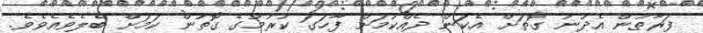
ފަރާތުން އެދުނު ގޮތަށް އެކަން ދެއްކުމަށް ފާހަގަ ކުރުމުގެ ގޮތުން ކަމަށް ބެލެވެއެވެވެ.